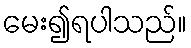
မေး၍ရပါသည်။